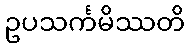
ဥပသင်္ကမိဿတိ